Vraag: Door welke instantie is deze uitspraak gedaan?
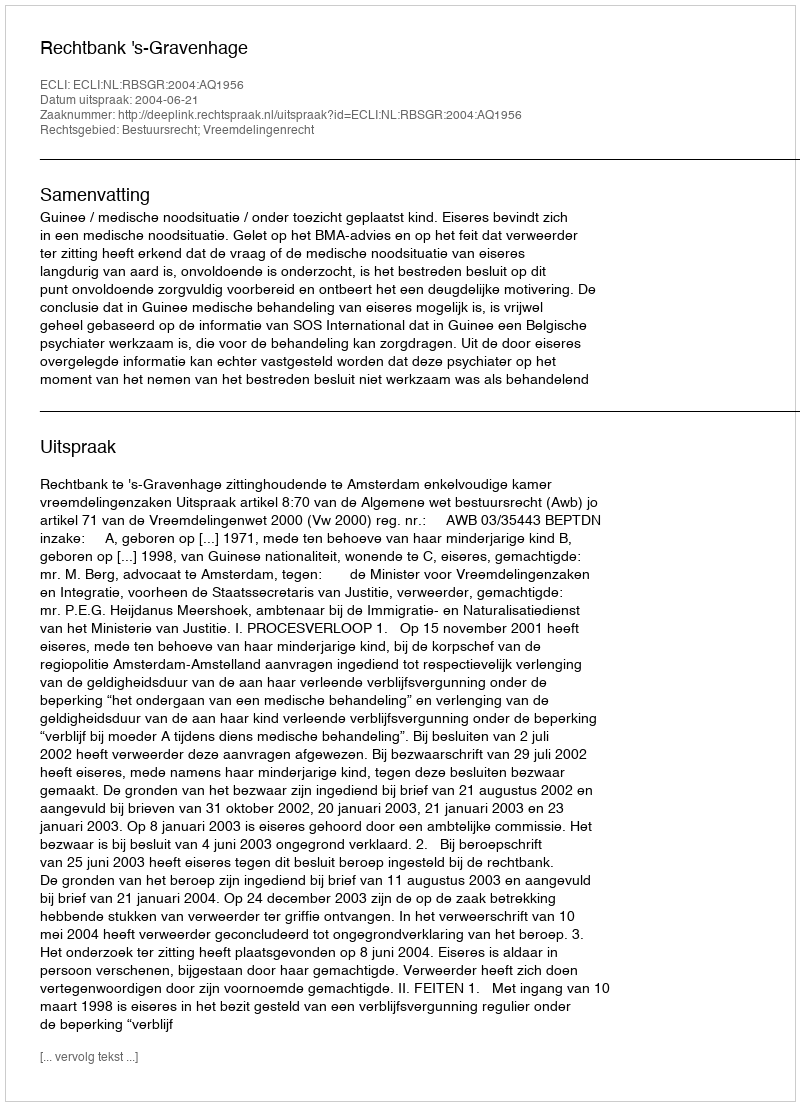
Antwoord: Rechtbank 's-Gravenhage